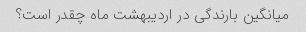
میانگین بارندگی در اردیبهشت ماه چقدر است؟